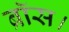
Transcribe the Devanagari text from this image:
ब्रॉस।